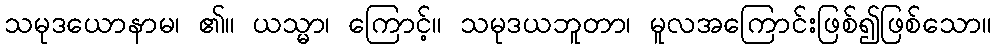
သမုဒယောနာမ၊ ၏။ ယသ္မာ၊ ကြောင့်။ သမုဒယဘူတာ၊ မူလအကြောင်းဖြစ်၍ဖြစ်သော။